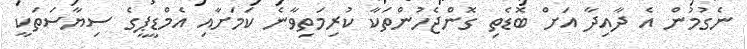
ނެގުމުން އެ ދާއިދާ އަށް ބޮޑެތި ގޮންޖެހުންތަކާ ކުރިމަތިވާނެ ކަމަށާއި އެމްޑީޕީގެ ސިޔާސަތަކީ